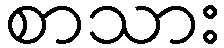
စာသား